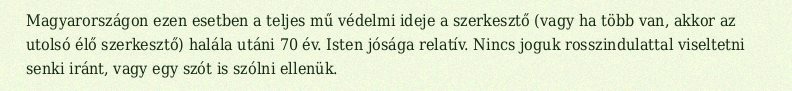
Magyarországon ezen esetben a teljes mű védelmi ideje a szerkesztő (vagy ha több van, akkor az utolsó élő szerkesztő) halála utáni 70 év. Isten jósága relatív. Nincs joguk rosszindulattal viseltetni senki iránt, vagy egy szót is szólni ellenük.